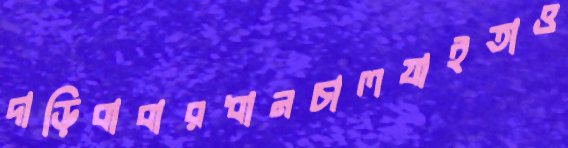
দাড়িবাবারধানচালযাইতাও